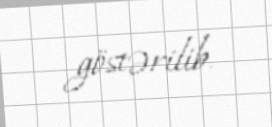
göstərilib.